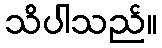
သိပါသည်။